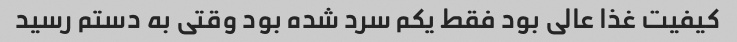
کیفیت غذا عالی بود فقط یکم سرد شده بود وقتی به دستم رسید